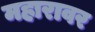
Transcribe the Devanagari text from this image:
महारावर